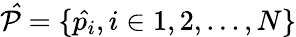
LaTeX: \mathcal{\hat{P}}=\{ \hat{p_{i}},i\in 1,2,...,N\}